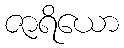
ဇာရိယော